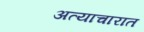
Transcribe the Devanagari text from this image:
अत्याचारात